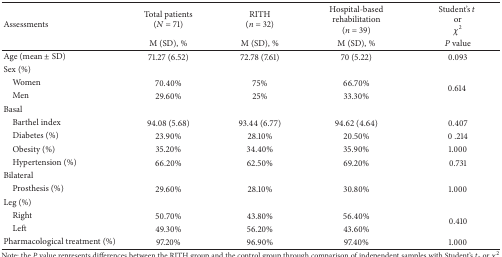
<table><thead><tr><td rowspan="2"><b>Assessments </b></td><td><b>Total patients(<i>N</i> = 71)</b></td><td><b>RITH(<i>n</i> = 32)</b></td><td><b>Hospital-based rehabilitation(<i>n</i> = 39)</b></td><td><b>Student's <i>t</i>or <i>χ</i><sup>2</sup></b></td></tr><tr><td><b>M (SD), %</b></td><td><b>M (SD), %</b></td><td><b>M (SD), %</b></td><td><b><i>P</i> value</b></td></tr></thead><tbody><tr><td>Age (mean ± SD)</td><td>71.27 (6.52)</td><td>72.78 (7.61)</td><td>70 (5.22)</td><td>0.093</td></tr><tr><td>Sex (%)</td><td>[EMPTY_CELL]</td><td>[EMPTY_CELL]</td><td>[EMPTY_CELL]</td><td>[EMPTY_CELL]</td></tr><tr><td> Women</td><td>70.40%</td><td>75%</td><td>66.70%</td><td rowspan="2">0.614</td></tr><tr><td> Men</td><td>29.60%</td><td>25%</td><td>33.30%</td></tr><tr><td>Basal</td><td>[EMPTY_CELL]</td><td>[EMPTY_CELL]</td><td>[EMPTY_CELL]</td><td>[EMPTY_CELL]</td></tr><tr><td> Barthel index </td><td>94.08 (5.68)</td><td>93.44 (6.77)</td><td>94.62 (4.64)</td><td>0.407</td></tr><tr><td> Diabetes (%)</td><td>23.90%</td><td>28.10%</td><td>20.50%</td><td>0 .214</td></tr><tr><td> Obesity (%)</td><td>35.20%</td><td>34.40%</td><td>35.90%</td><td>1.000</td></tr><tr><td> Hypertension (%)</td><td>66.20%</td><td>62.50%</td><td>69.20%</td><td>0.731</td></tr><tr><td>Bilateral</td><td>[EMPTY_CELL]</td><td>[EMPTY_CELL]</td><td>[EMPTY_CELL]</td><td>[EMPTY_CELL]</td></tr><tr><td> Prosthesis (%)</td><td>29.60%</td><td>28.10%</td><td>30.80%</td><td>1.000</td></tr><tr><td>Leg (%)</td><td>[EMPTY_CELL]</td><td>[EMPTY_CELL]</td><td>[EMPTY_CELL]</td><td>[EMPTY_CELL]</td></tr><tr><td> Right</td><td>50.70%</td><td>43.80%</td><td>56.40%</td><td rowspan="2">0.410</td></tr><tr><td> Left </td><td>49.30%</td><td>56.20%</td><td>43.60%</td></tr><tr><td>Pharmacological treatment (%)</td><td>97.20%</td><td>96.90%</td><td>97.40%</td><td>1.000</td></tr></tbody></table>